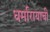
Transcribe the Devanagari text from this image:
धर्मारायाची